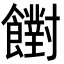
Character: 𩟡